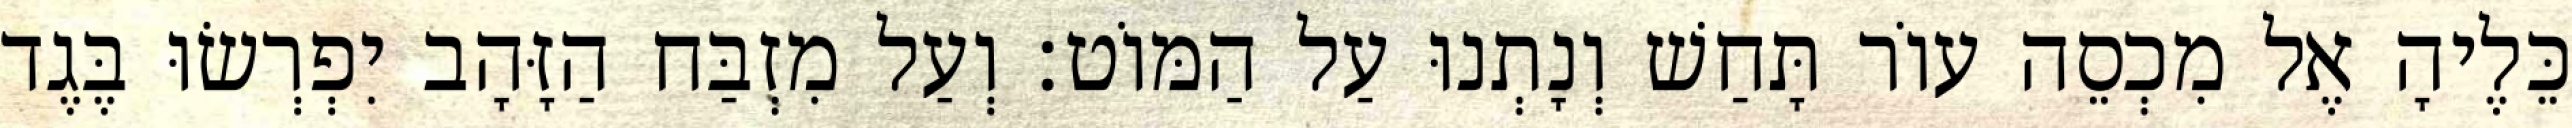
כֵּלֶיהָ אֶל מִכְסֵה עוֹר תָּחַשׁ וְנָתְנוּ עַל הַמּוֹט׃ וְעַל מִזְבַּח הַזָּהָב יִפְרְשׂוּ בֶּגֶד